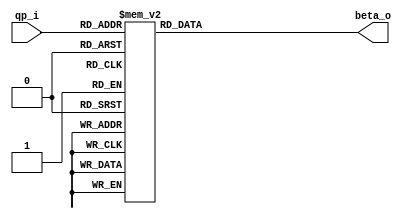
//***************************************************--
//                                                                 
//  COPYRIGHT (C) 2011, VIPcore Group, Fudan UniYVERsity
//                                                                  
//  THIS FILE MAY NOT BE MODIFIED OR REDISTRIBUTED WITHOUT THE      
//  EXPRESSED WRITTEN CONSENT OF VIPcore Group
//                                                                  
//  VIPcore       : http://soc.fudan.edu.cn/vip    
//  IP Owner      : Yibo FAN
//  Contact       : fanyibo@fudan.edu.cn             
//*****************************************************
// AutYHOR        : Chewein
// Description    : generate beta according the value of qp
//*****************************************************
module db_lut_beta( qp_i, beta_o );

input [5:0] qp_i;

output [6:0] beta_o; 
reg    [6:0] beta_o;

always @(qp_i) begin
    case(qp_i)
        'd16: beta_o  =  7'd6 ;
        'd17: beta_o  =  7'd7 ;
        'd18: beta_o  =  7'd8 ;
        'd19: beta_o  =  7'd9 ;
        'd20: beta_o  =  7'd10;
        'd21: beta_o  =  7'd11;
        'd22: beta_o  =  7'd12;
        'd23: beta_o  =  7'd13;
        'd24: beta_o  =  7'd14;
        'd25: beta_o  =  7'd15;
        'd26: beta_o  =  7'd16;
        'd27: beta_o  =  7'd17;
        'd28: beta_o  =  7'd18;
        'd29: beta_o  =  7'd20;     
        'd30: beta_o  =  7'd22;
        'd31: beta_o  =  7'd24;
        'd32: beta_o  =  7'd26;
        'd33: beta_o  =  7'd28;
        'd34: beta_o  =  7'd30;
        'd35: beta_o  =  7'd32;
        'd36: beta_o  =  7'd34;
        'd37: beta_o  =  7'd36;
        'd38: beta_o  =  7'd38;
        'd39: beta_o  =  7'd40;     
        'd40: beta_o  =  7'd42;
        'd41: beta_o  =  7'd44;
        'd42: beta_o  =  7'd46;
        'd43: beta_o  =  7'd48;
        'd44: beta_o  =  7'd50;
        'd45: beta_o  =  7'd52;
        'd46: beta_o  =  7'd54;
        'd47: beta_o  =  7'd56;
        'd48: beta_o  =  7'd58;
        'd49:beta_o   =  7'd60;
        'd50: beta_o  =  7'd62;
        'd51:beta_o   =  7'd64;
      default: beta_o =  7'd0 ;
    endcase     
end

endmodule